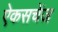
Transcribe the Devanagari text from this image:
ऐकसचेंज